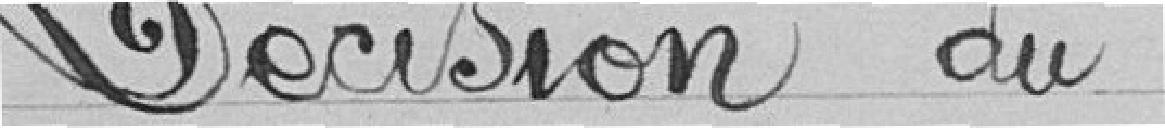
Décision du